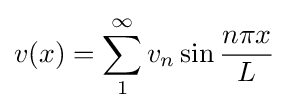
v(x)=\sum _{1}^{\infty }v_{n}\sin {\frac {n\pi x}{L}}